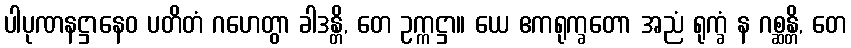
ပါပုဏနဋ္ဌာနေဝ ပတိတံ ဂဟေတွာ ခါဒန္တိ, တေ ဥက္ကဋ္ဌာ။ ယေ ဧကရုက္ခတော အညံ ရုက္ခံ န ဂစ္ဆန္တိ, တေ